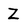
Character: Z